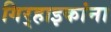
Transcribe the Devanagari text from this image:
गिर्‍हाइकांना